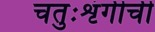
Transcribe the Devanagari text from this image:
चतुःशृंगीची